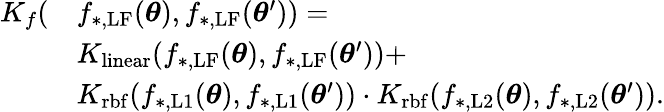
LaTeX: \begin{array}{rl}{K_{f}(}&{f_{\mathrm{*,LF}}(\boldsymbol{\theta}),f_{\mathrm{*,LF}}(\boldsymbol{\theta}^{\prime}))=}\\ &{K_{\mathrm{linear}}(f_{\mathrm{*,LF}}(\boldsymbol{\theta}),f_{\mathrm{*,LF}}(\boldsymbol{\theta}^{\prime}))+}\\ &{K_{\mathrm{rbf}}(f_{\mathrm{*,L1}}(\boldsymbol{\theta}),f_{\mathrm{*,L1}}(\boldsymbol{\theta}^{\prime}))\cdot K_{\mathrm{rbf}}(f_{\mathrm{*,L2}}(\boldsymbol{\theta}),f_{\mathrm{*,L2}}(\boldsymbol{\theta}^{\prime})).}\end{array}